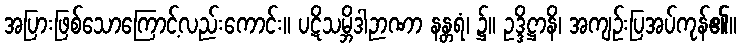
အပြားဖြစ်သောကြောင့်လည်းကောင်း။ ပဋိသမ္ဘိဒါဉာဏာ နန္တရံ၊ ၌။ ဥဒ္ဒိဋ္ဌာနိ၊ အကျဉ်းပြအပ်ကုန်၏။